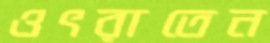
ওৎরাতেন